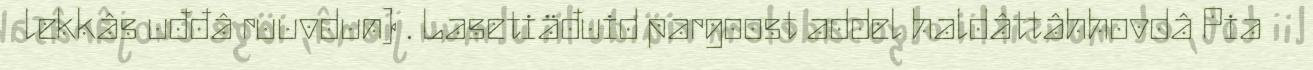
lekkâs uđđâ ruuvdun) . Lasetiäđuid pargoost addel haldâttâhhovdâ Pia